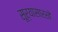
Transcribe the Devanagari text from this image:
सूर्यासारखे